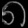
Digit: ၈